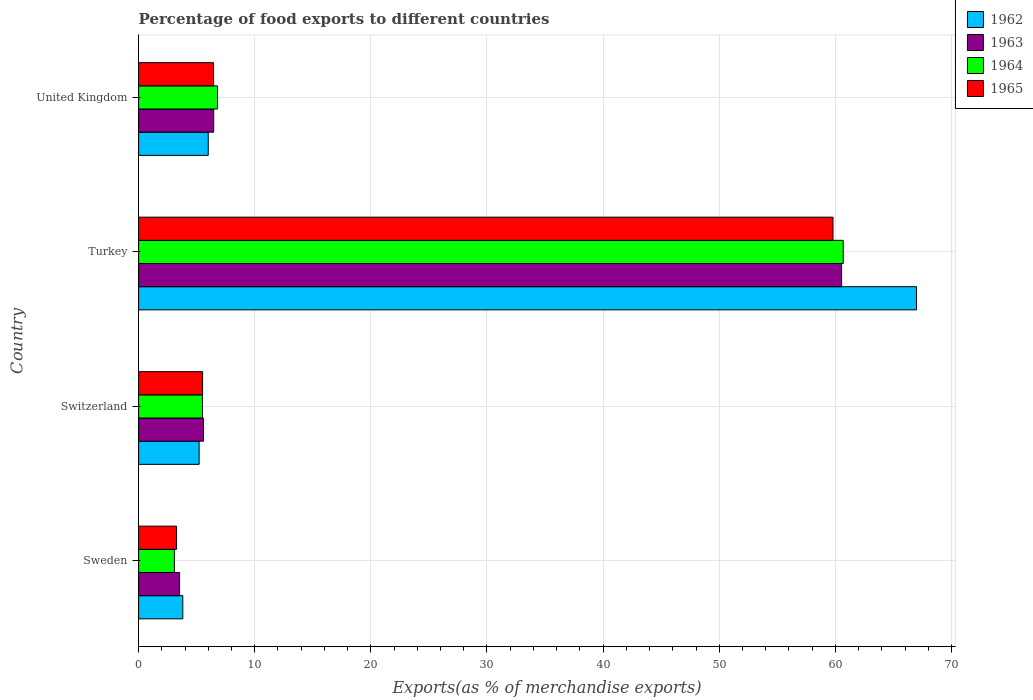
| Country | 1962 | 1963 | 1964 | 1965 |
 | --- | --- | --- | --- | --- |
 | Sweden | 3.8 | 3.53 | 3.08 | 3.27 |
 | Switzerland | 5.21 | 5.59 | 5.49 | 5.51 |
 | Turkey | 67 | 60.5 | 60.7 | 59.8 |
 | United Kingdom | 5.99 | 6.47 | 6.79 | 6.45 |